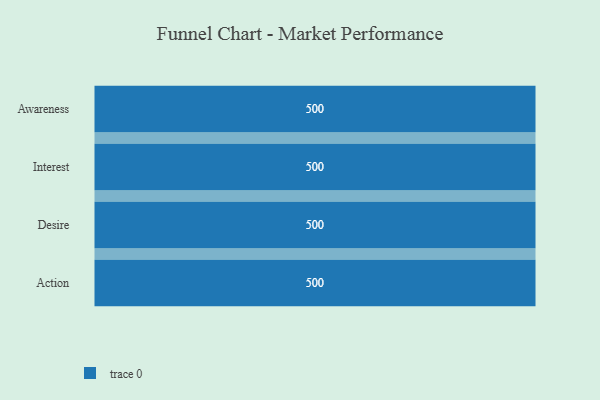
{"axis": {"x": "Stage", "y": "Value"}, "legend": [""], "data": [{"x": "Awareness", "y": 500, "type": ""}, {"x": "Interest", "y": 500, "type": ""}, {"x": "Desire", "y": 500, "type": ""}, {"x": "Action", "y": 500, "type": ""}]}